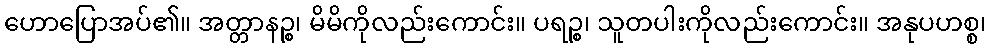
ဟောပြောအပ်၏။ အတ္တာနဉ္စ၊ မိမိကိုလည်းကောင်း။ ပရဉ္စ၊ သူတပါးကိုလည်းကောင်း။ အနုပဟစ္စ၊